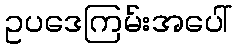
ဥပဒေကြမ်းအပေါ်